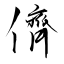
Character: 儕